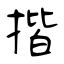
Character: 揩